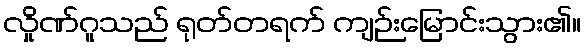
လှိုဏ်ဂူသည် ရုတ်တရက် ကျဉ်းမြောင်းသွား၏။